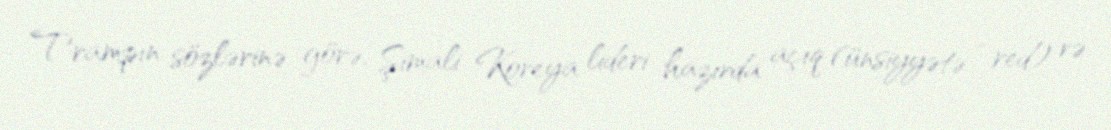
Trampın sözlərinə görə, Şimali Koreya lideri hazırda açıq (ünsiyyətə - red) və